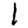
Digit: 1